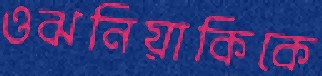
ওঝনিয়াকিকে